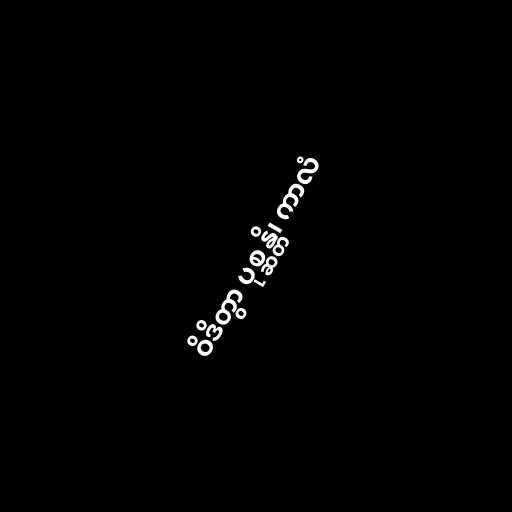
ဝိဒိတွာ ပုစ္ဆန္တိ၊ ကာလံ